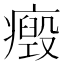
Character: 𤻏